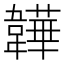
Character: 韡